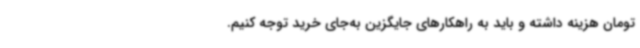
تومان هزینه داشته و باید به راهکارهای جایگزین به‌جای خرید توجه کنیم.